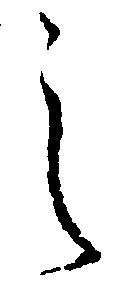
之